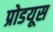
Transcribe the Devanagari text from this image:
प्रोडयूस